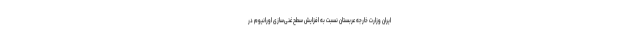
ایران وزارت خارجه عربستان نسبت به افزایش سطح غنی‌سازی اورانیوم در